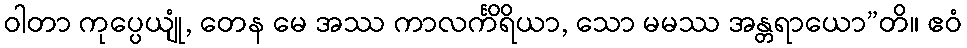
ဝါတာ ကုပ္ပေယျုံ, တေန မေ အဿ ကာလင်္ကိရိယာ, သော မမဿ အန္တရာယော”တိ။ ဧဝံ